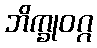
ဘိက္ခုဝဂ္ဂ